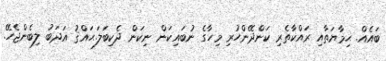
ބައެއް. ޙިމާޔަތާއި ރައްކާތެރި ކަންދޭންހުރި މިހާގެ ނުބައިކަން ނިކަން ދެކިބަލަ.ޙައްޤު އަދަބު ލިބެންޖެހޭ.